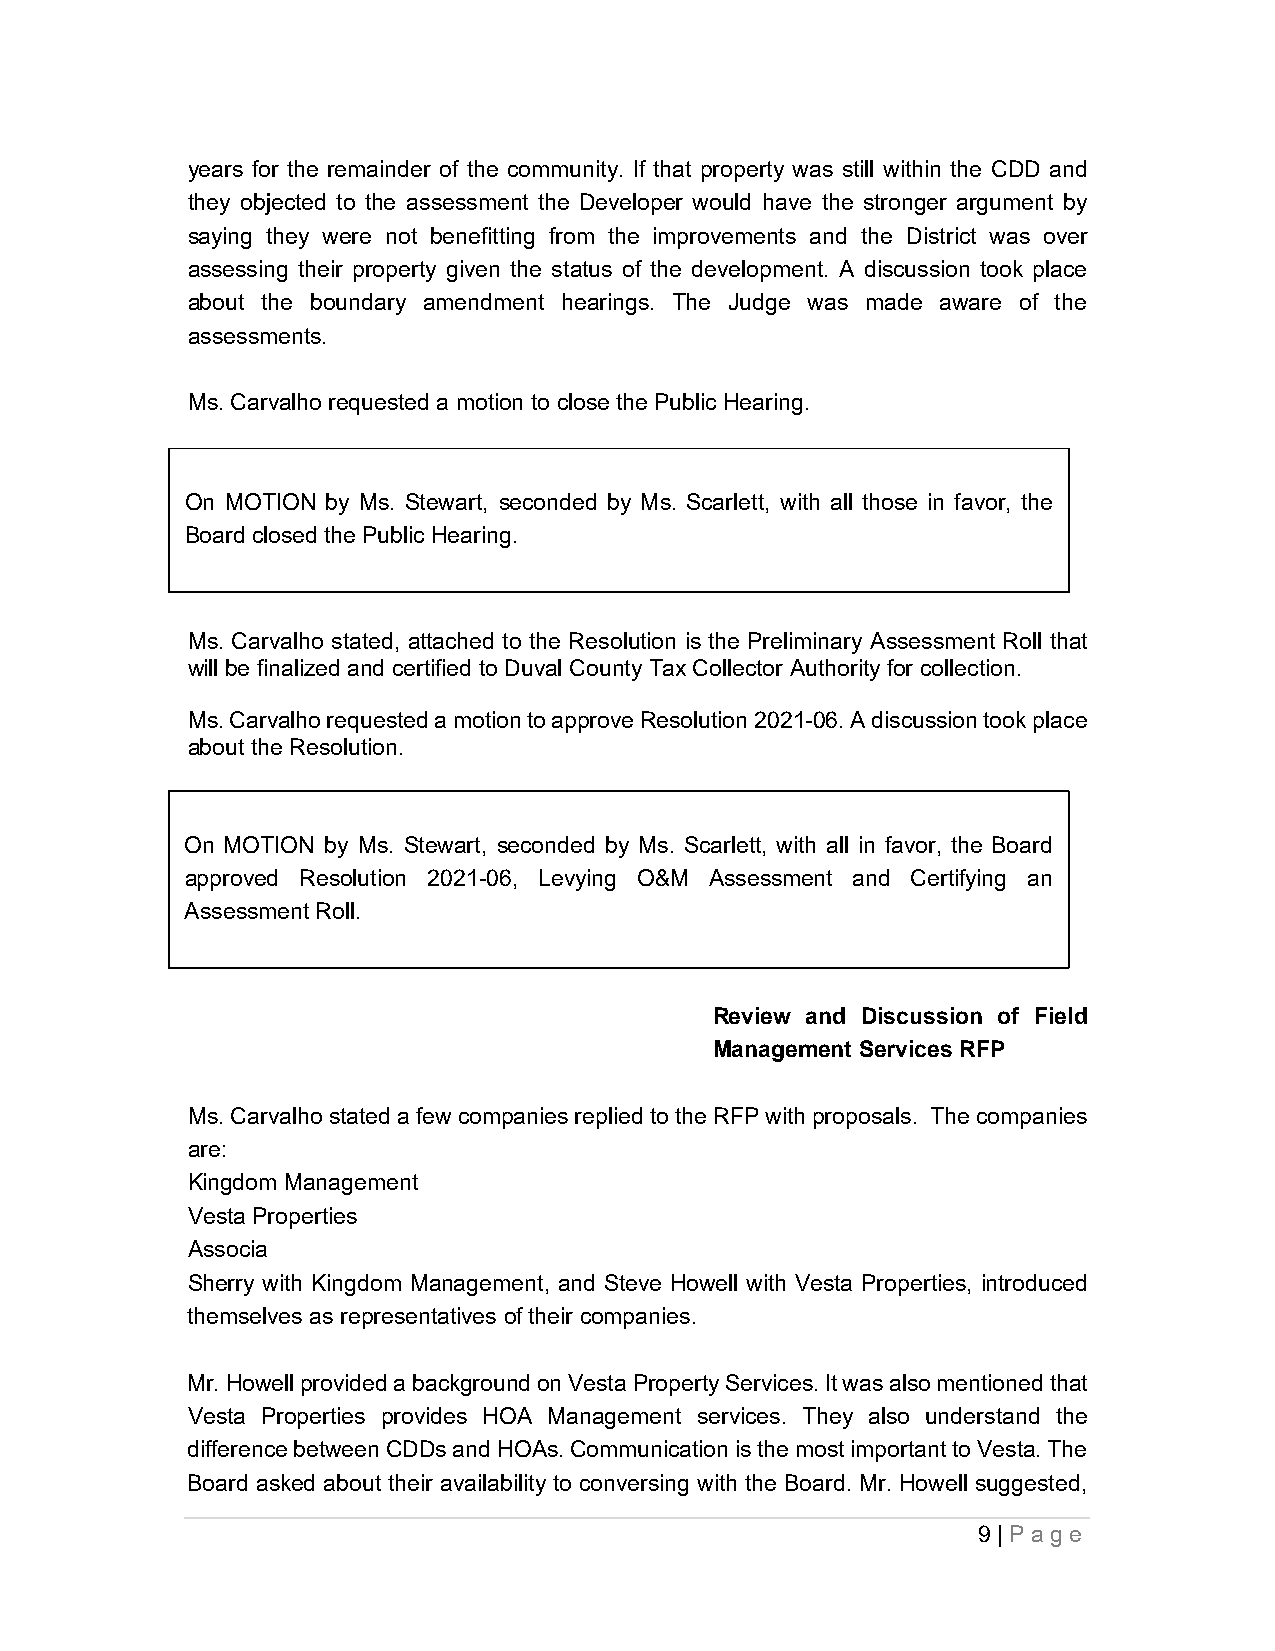
years for the remainder of the community. If that property was still within the CDD and
 they objected to the assessment the Developer would have the stronger argument by
 saying they were not benefitting from the improvements and the District was over
 assessing their property given the status of the development. A discussion took place
 about the boundary amendment hearings. The Judge was made aware of the
 assessments.
 Ms. Carvalho requested a motion to close the Public Hearing.
 On MOTION by Ms. Stewart, seconded by Ms. Scarlett, with all those in favor, the
 Board closed the Public Hearing.
 Ms. Carvalho stated, attached to the Resolution is the Preliminary Assessment Roll that
 will be finalized and certified to Duval County Tax Collector Authority for collection.
 Ms. Carvalho requested a motion to approve Resolution 2021-06. A discussion took place
 about the Resolution.
 On MOTION by Ms. Stewart, seconded by Ms. Scarlett, with all in favor, the Board
 approved Resolution 2021-06, Levying O&M Assessment and Certifying an
 Assessment Roll.
 Review and Discussion of Field
 Management Services RFP
 Ms. Carvalho stated a few companies replied to the RFP with proposals. The companies
 are:
 Kingdom Management
 Vesta Properties
 Associa
 Sherry with Kingdom Management, and Steve Howell with Vesta Properties, introduced
 themselves as representatives of their companies.
 Mr. Howell provided a background on Vesta Property Services. It was also mentioned that
 Vesta Properties provides HOA Management services. They also understand the
 difference between CDDs and HOAs. Communication is the most important to Vesta. The
 Board asked about their availability to conversing with the Board. Mr. Howell suggested,
 9 | Page